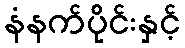
နံနက်ပိုင်းနှင့်